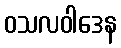
ဝသလဝါဒေန